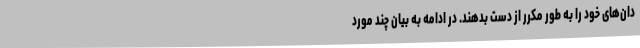
دان‌های خود را به طور مکرر از دست بدهند. در ادامه به بیان چند مورد